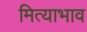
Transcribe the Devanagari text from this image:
मित्याभाव